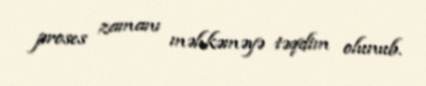
proses zamanı məhkəməyə təqdim olunub.